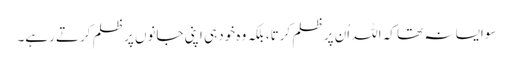
سو ایسا نہ تھا کہ اللہ اُن پر ظلم کرتا، بلکہ وہ خود ہی اپنی جانوں پر ظلم کرتے رہے۔